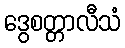
ဒွေစတ္တာလီသံ